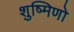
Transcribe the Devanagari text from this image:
शुष्मिणो